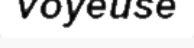
voyeuse